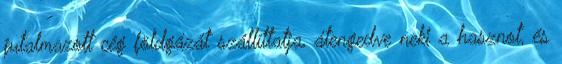
jutalmazott cég földgázát szállíttatja, átengedve neki a hasznot, és